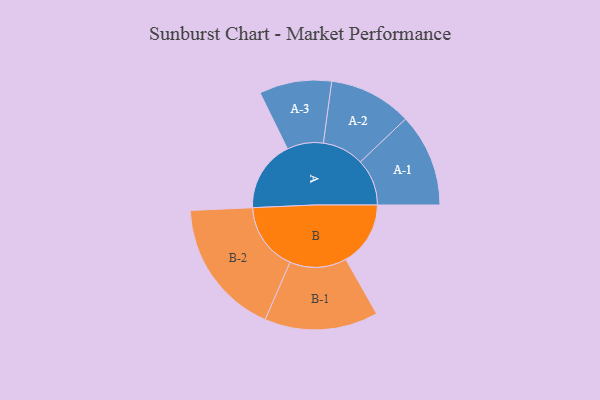
{"axis": {"x": "Segment", "y": "Value"}, "legend": ["", "A", "B"], "data": [{"x": "A", "y": 279, "type": ""}, {"x": "B", "y": 254, "type": ""}, {"x": "A-1", "y": 183, "type": "A"}, {"x": "A-2", "y": 163, "type": "A"}, {"x": "A-3", "y": 142, "type": "A"}, {"x": "B-1", "y": 223, "type": "B"}, {"x": "B-2", "y": 269, "type": "B"}]}